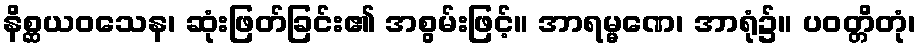
နိစ္ဆယဝသေန၊ ဆုံးဖြတ်ခြင်း၏ အစွမ်းဖြင့်။ အာရမ္မဏေ၊ အာရုံ၌။ ပဝတ္တိတုံ၊